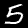
Digit: 5